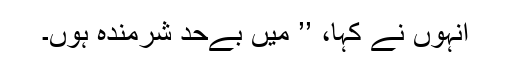
انہوں نے کہا، ’’ میں بےحد شرمندہ ہوں۔